Vaccination report Assam 1896-1927 - 1896-1927
Year: 1896
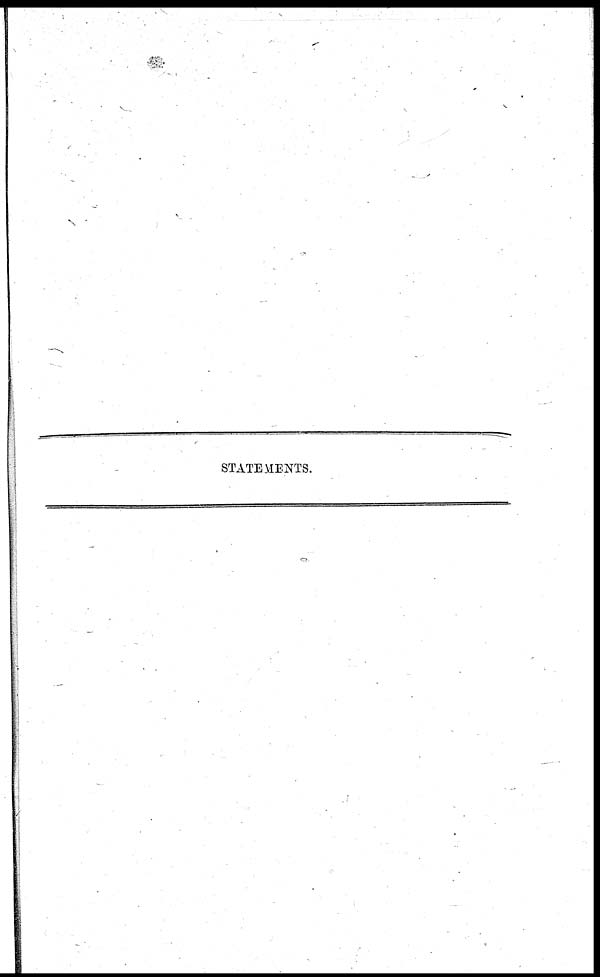
STATEMENTS.